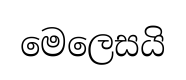
මෙලෙසයි